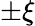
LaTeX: \pm\xi